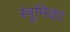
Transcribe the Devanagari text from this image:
स्त्रूमिका